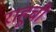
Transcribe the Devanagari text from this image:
राहूची